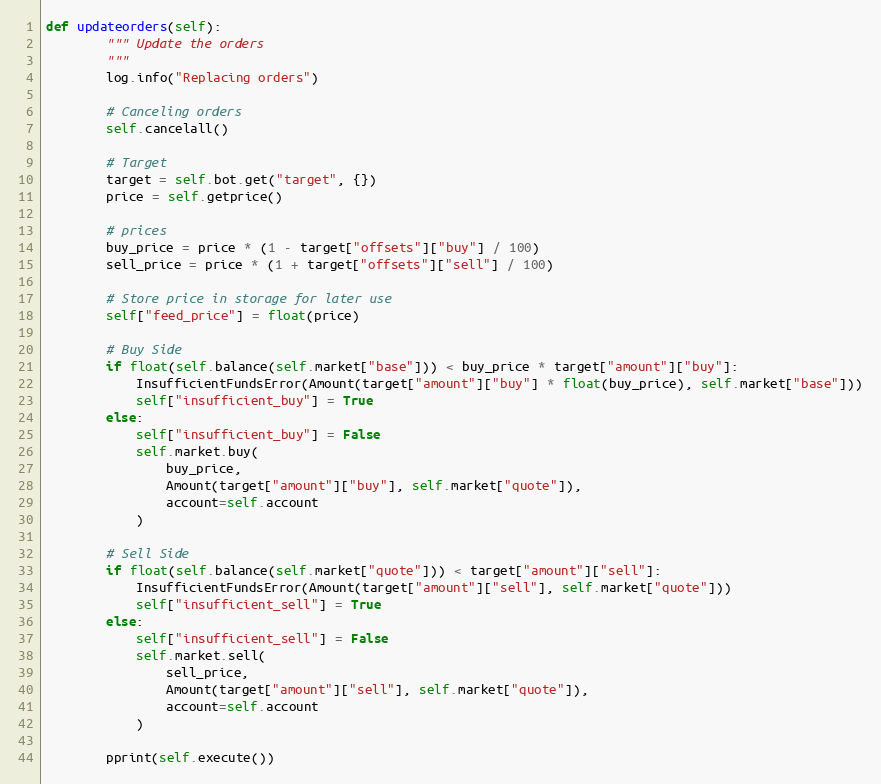
Language: Python
def updateorders(self):
        """ Update the orders
        """
        log.info("Replacing orders")

        # Canceling orders
        self.cancelall()

        # Target
        target = self.bot.get("target", {})
        price = self.getprice()

        # prices
        buy_price = price * (1 - target["offsets"]["buy"] / 100)
        sell_price = price * (1 + target["offsets"]["sell"] / 100)

        # Store price in storage for later use
        self["feed_price"] = float(price)

        # Buy Side
        if float(self.balance(self.market["base"])) < buy_price * target["amount"]["buy"]:
            InsufficientFundsError(Amount(target["amount"]["buy"] * float(buy_price), self.market["base"]))
            self["insufficient_buy"] = True
        else:
            self["insufficient_buy"] = False
            self.market.buy(
                buy_price,
                Amount(target["amount"]["buy"], self.market["quote"]),
                account=self.account
            )

        # Sell Side
        if float(self.balance(self.market["quote"])) < target["amount"]["sell"]:
            InsufficientFundsError(Amount(target["amount"]["sell"], self.market["quote"]))
            self["insufficient_sell"] = True
        else:
            self["insufficient_sell"] = False
            self.market.sell(
                sell_price,
                Amount(target["amount"]["sell"], self.market["quote"]),
                account=self.account
            )

        pprint(self.execute())